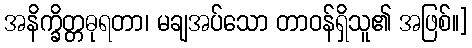
အနိက္ခိတ္တဓုရတာ၊ မချအပ်သော တာဝန်ရှိသူ၏ အဖြစ်။]